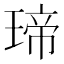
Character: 𤧛